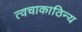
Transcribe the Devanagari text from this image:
त्वचाकाठिन्य